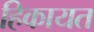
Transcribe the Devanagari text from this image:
हिकायत